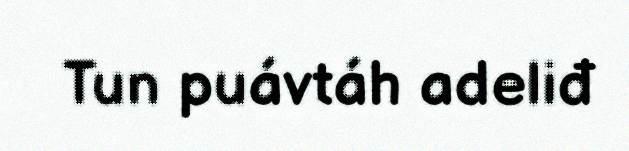
Tun puávtáh adeliđ